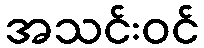
အသင်းဝင်